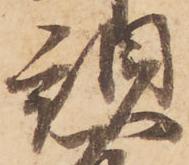
頭